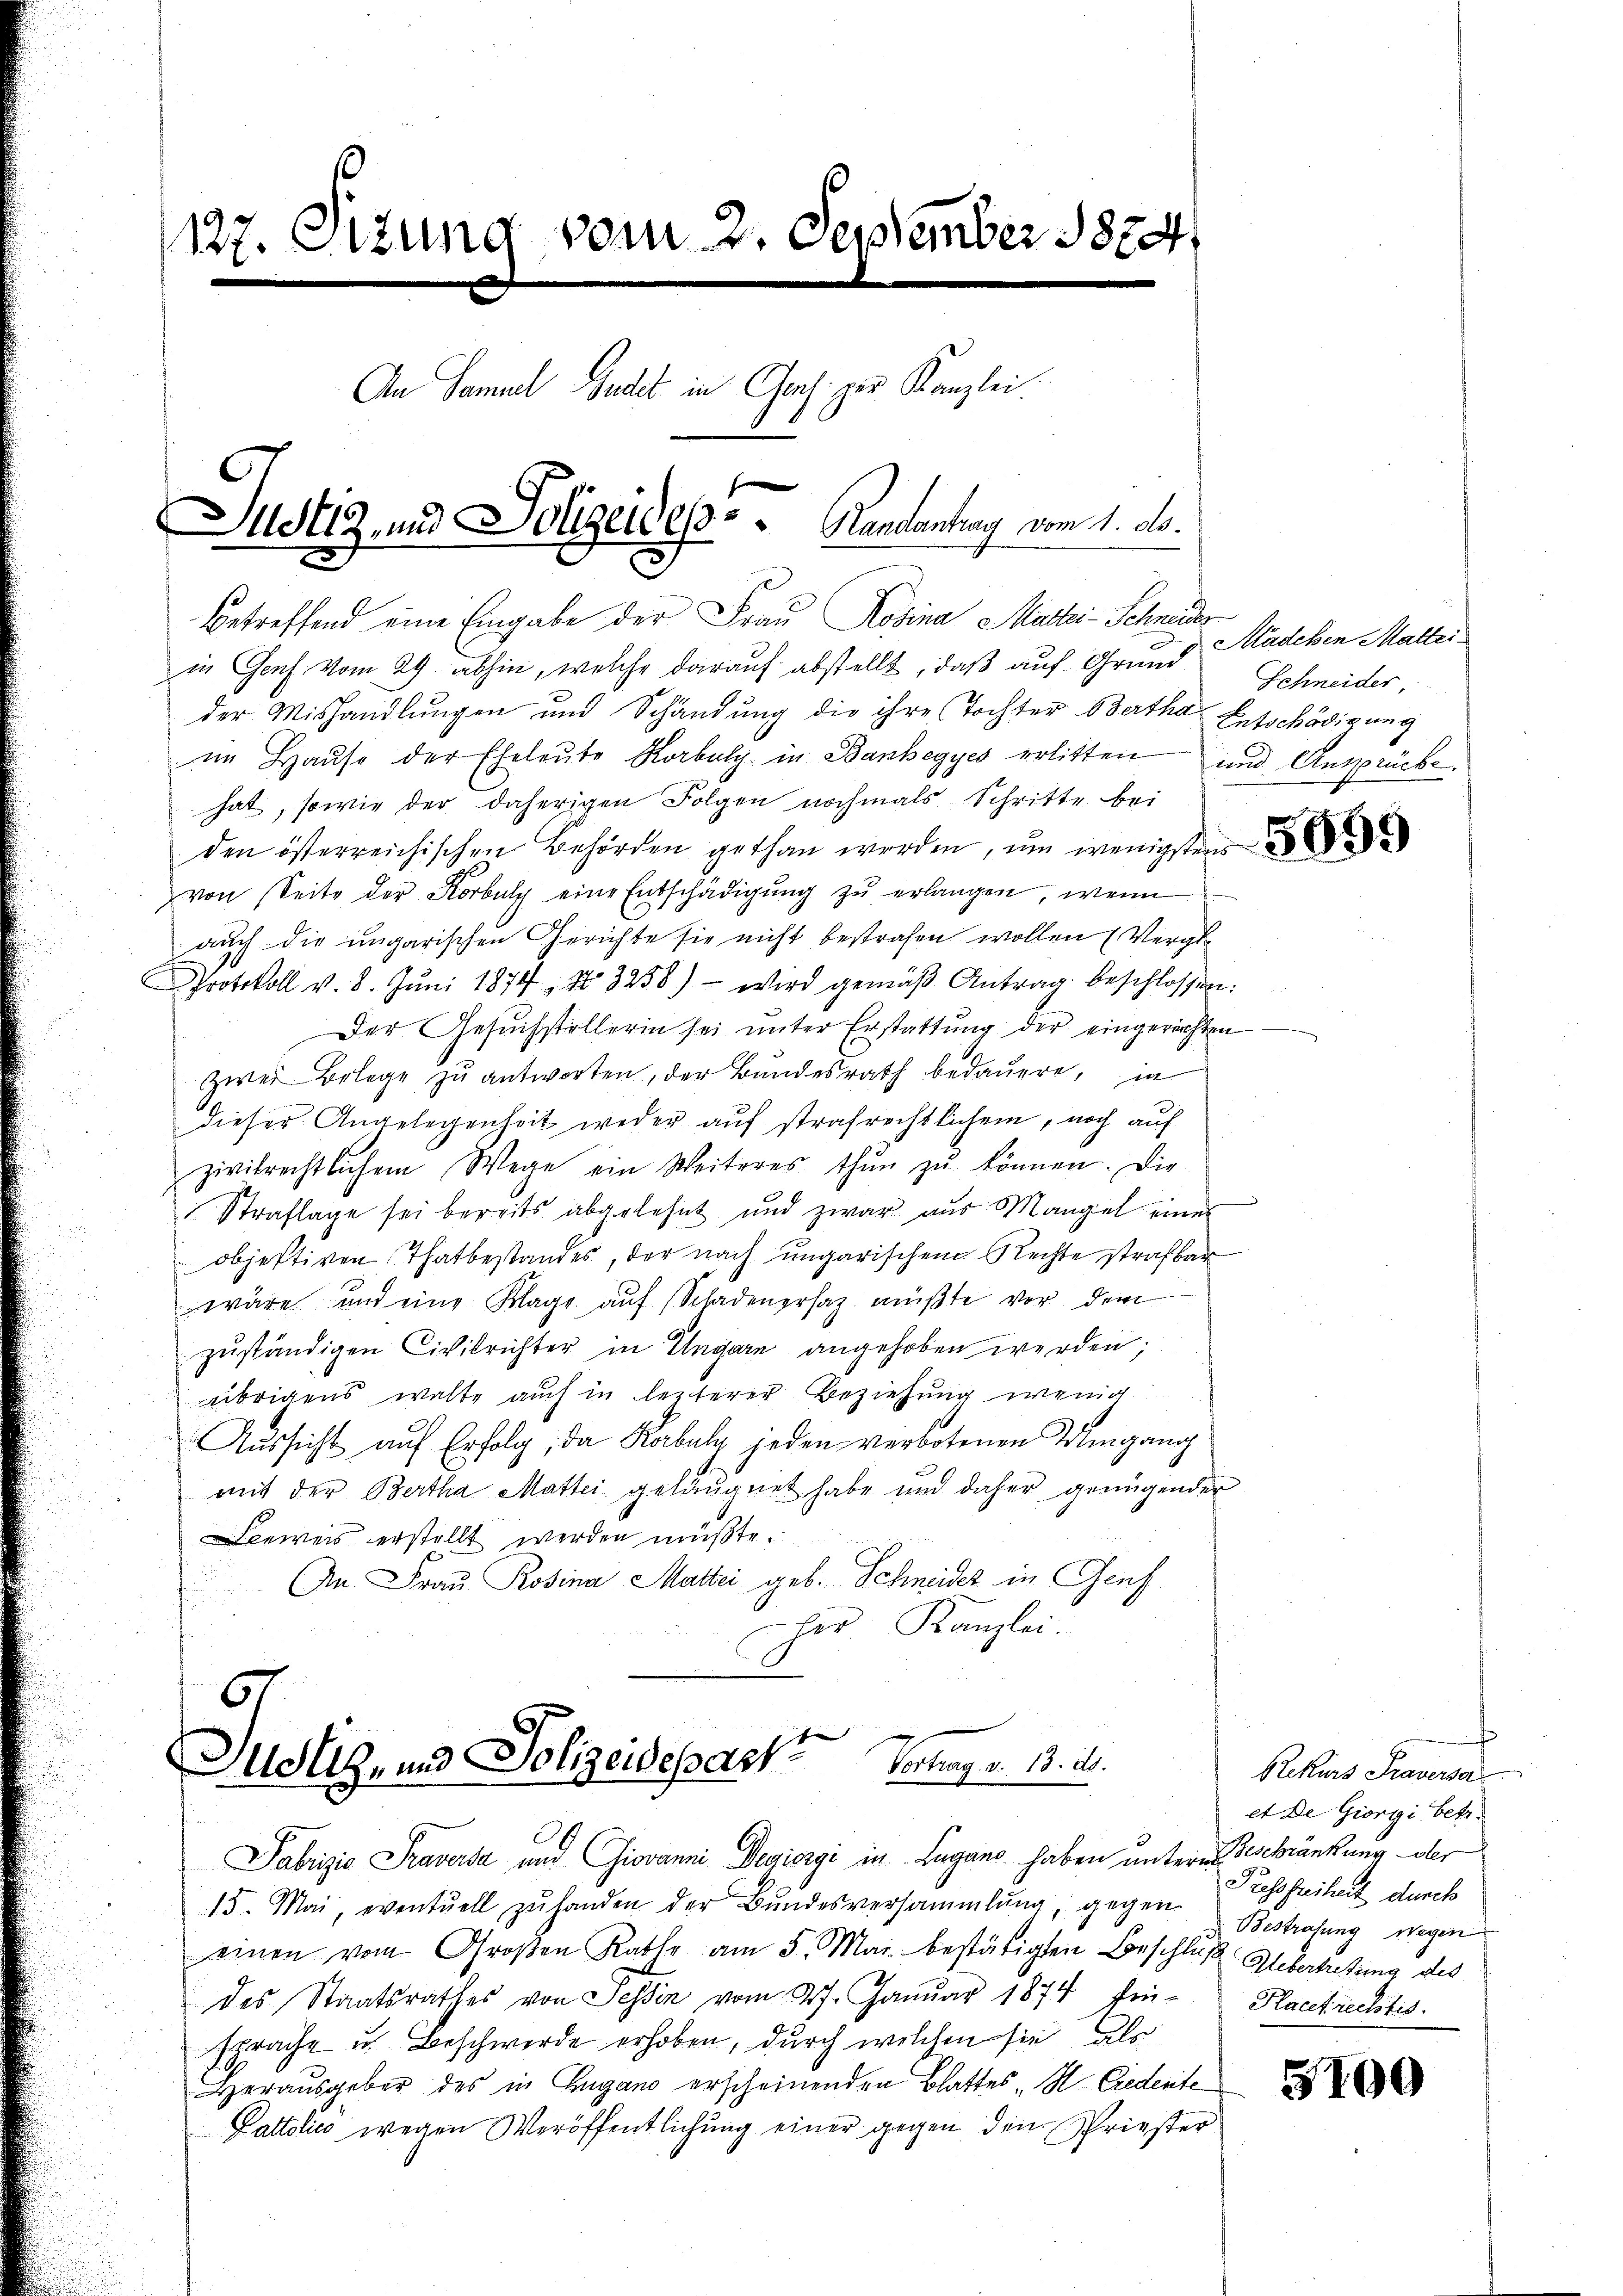
127. Sizung vom 2. September 1824.
An Samuel Gudel in Cons. zur Kanzlei.
Justiz- und Polizeides Handantrag vom 1. d.

Betreffend eine Eingabe der Frau Rosina Mattei-Schneider

in Genf vom 24. abhin, welche darauf abstellt, daß auf Grund Kadeten Matteider Mishandlungen und Schändung die ihre Tochter Bertha Entschädigung
im Hause der Eheleute Rorbalg in Bankegyes erlitten und Ansprüche
hat, sowie der daherigen Folgen nochmals Schritte bei
den österreichischen Behörden gethan werden, um wenigsten de
von Seite der Korbuly eine Entschädigŭng zŭ erlangen, wenn
auch die ungarischen Gerichte sie nicht bestrafen wollen (Vergle
Protokoll v. 8. Jŭni 1874, No. 3258) wird gemäβ Antrag beschlossen:
Der Gesuchstellerin sei unter Erstattung der eingerechten
zwei Belege zŭ antworten, der Bundesrath bedauere, in
dieser Angelegenheit weder aŭf strafrechtlichem, noch auf
zivilrechtlichem Wege ein Weiteres thŭn zŭ können. Die
Straflage sei bereits abgelehnt und zwar aus Mangel eine
objektiven Thatbestandes, der nach ungarischen Rechte strafbar
wäre und eine Klage aŭf Schadenersatz müßte vor dem
zuständigen Civilrichter in Ungarn angehoben werden;
übrigens walte auch in lezterer Beziehung wenig
Aussicht auf Erfolg, da Karbuly jeden verbotenen Wegang
mit der Bertha Mattei geläugnet habe und daher genügender
eweis erstellt werden müßte.
An Frau Rosina Martei geb. Schneider in Genf
her Kanzlei.

67
Justigens Polizeideparte Betrags. 1. 2.
Fabrizio Praversa und Giovanni Deiorgi in Lugano haben untern Geschränkung der

15. Mai, eventuell zŭ handen der Bundesversammlung, gegen Zessfreiheit durch
einen vom Großen Rathe am 5. Mai bestätigten Beschluß-Uebertretung des
des Staatsrathes von Tessin vom 27. Janŭar 1874 fin-
sprache in Beschwerde erhoben, durch welchen sie als
Herausgeber des in Zugano erscheinenden Blattes H. Credente
Pattolić wegen Veröffentlichung einer gegen den Priester

Schneider,

Rekurs Praversa
et de Giorgi betr.
Bestrafung wegen
Hacefrechtes.

3100